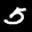
Label: 5